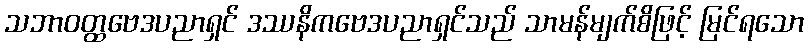
သဘာဝတ္ထဗေဒပညာရှင် ဒဿနိကဗေဒပညာရှင်သည် သာမန်မျက်စိဖြင့် မြင်ရသော